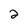
Character: 2